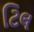
ટિલ